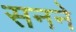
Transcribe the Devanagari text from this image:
सनने